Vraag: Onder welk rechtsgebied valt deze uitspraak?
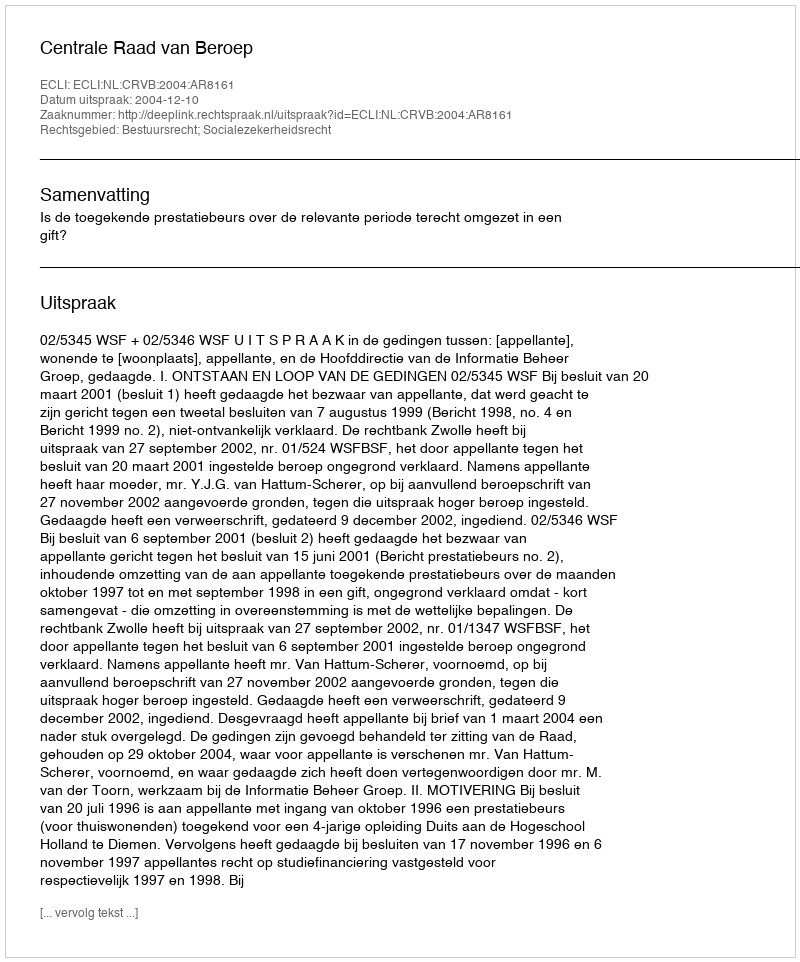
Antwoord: Bestuursrecht; Socialezekerheidsrecht